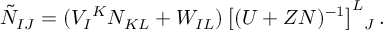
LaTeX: \tilde { \cal N } _ { I J } = ( V _ { I } { } ^ { K } { \cal N } _ { K L } + W _ { I L } ) \, \big [ ( U + Z { \cal N } ) ^ { - 1 } \big ] ^ { L } { } _ { J } \, .